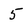
Character: 5